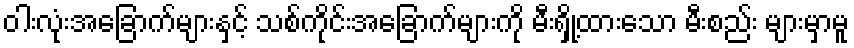
ဝါးလုံးအခြောက်များနှင့် သစ်ကိုင်းအခြောက်များကို မီးရှို့ထားသော မီးစည်း များမှာမူ